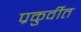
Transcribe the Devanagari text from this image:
प्रकुर्वीत